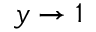
y \rightarrow 1